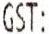
GST: